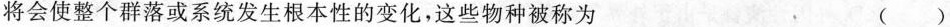
将会使整个群落或系统发生根本性的变化，这些物种被称为 ()